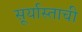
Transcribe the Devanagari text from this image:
सू्र्यास्ताची